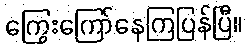
ကြွေးကြော်နေကြပြန်ပြီ။